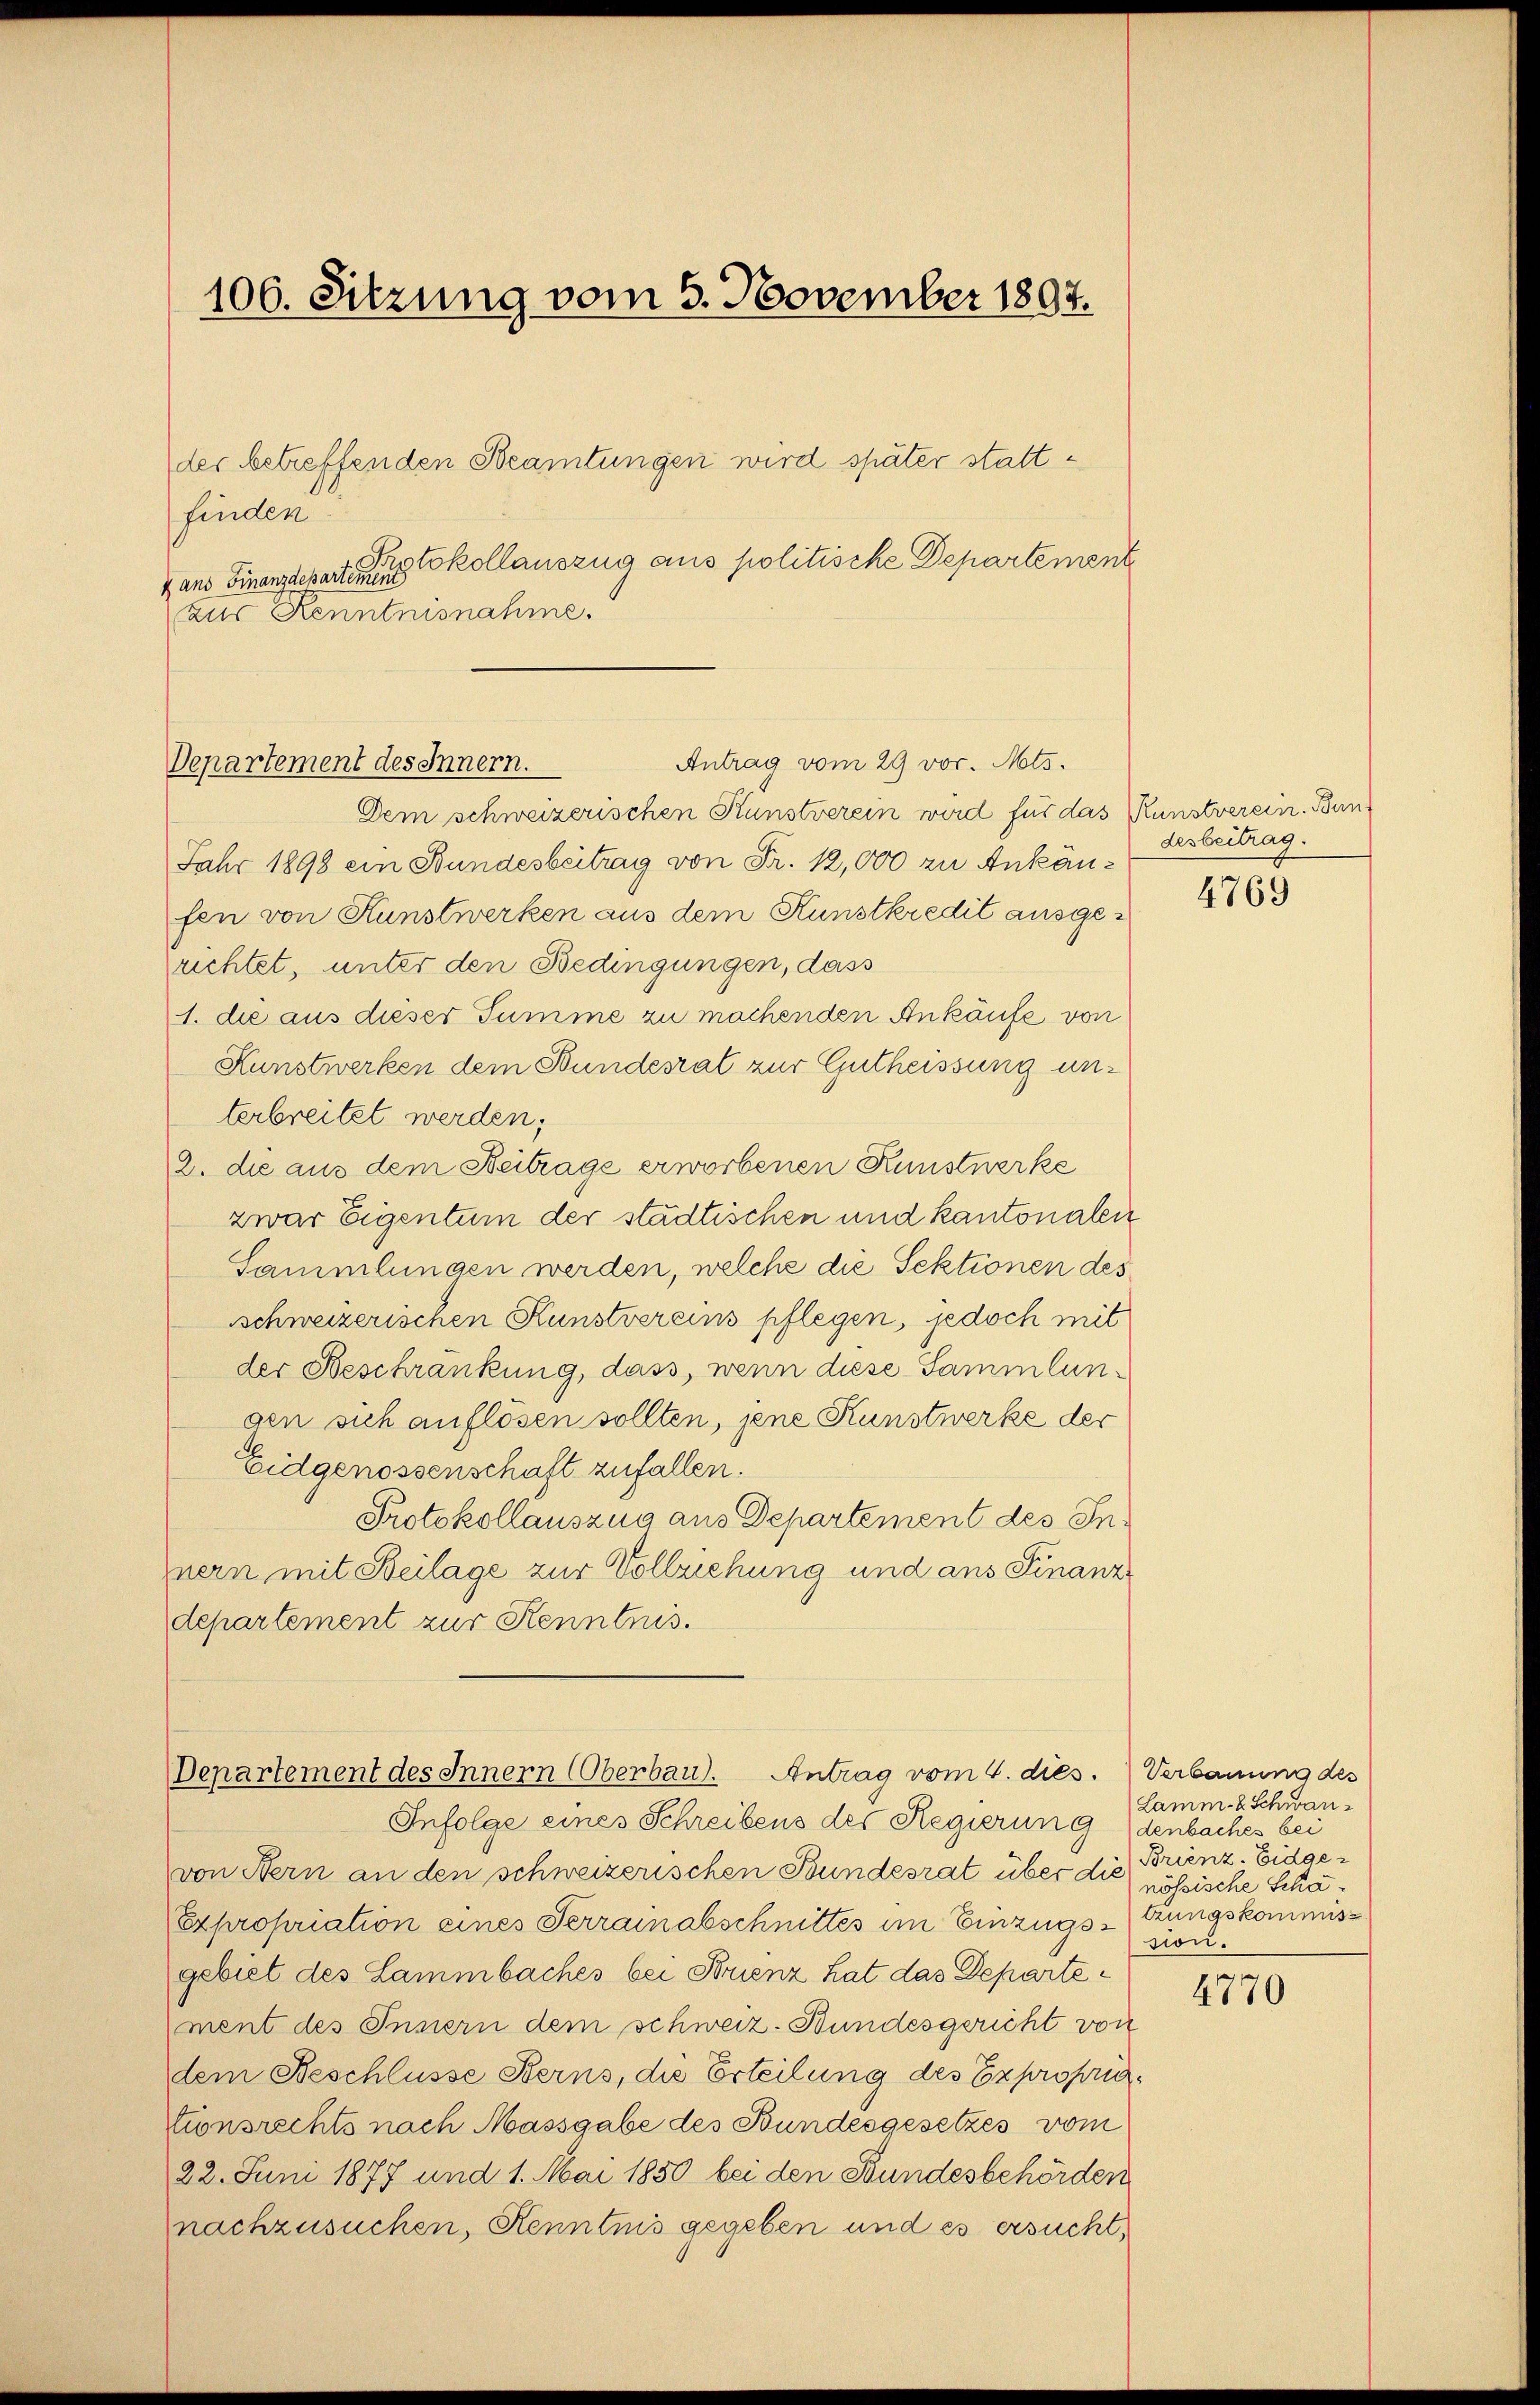
106. Sitzung vom 5. November 1897.

finden
Hans Finanzdeparten kollauszug aus politische Departement
aus Kenntnisnahme.

der betreffenden Beamtungen wird später statt¬

Antrag vom 29 vor. Mts.
Departement des Innern.

Dem schweizerischen Kunstverein wird für das Kunstverein. Ban
Jahr 1898 ein Bundesbeitrag von Fr. 12,000 zu Ankäufen von Kunstwerken aus dem Kunstkredit ausgerichtet, unter den Bedingungen, dass
1. die aus dieser Summe zu machenden Ankäufe von
Kunstwerken dem Bundesrat zur Gutheissung unterbreitet werden;
2. die aus dem Beitrage erworbenen Kunstwerke
zwar Eigentum der städtischen und kantonalen
Sammlungen werden, welche die Sektionen des
schweizerischen Kunstvereins pflegen, jedoch mit
der Beschränkung, dass, wenn diese Sammlungen sich auflösen sollten, jene Kunstwerke der
Eidgenossenschaft zufallen.
Protokollauszug aus Departement des Innern mit Beilage zur Vollziehung und ans Finanz
departement zur Kenntnis.

Departement des Innern (Oberbau. Antrag vom 4. dies.

Infolge eines Schreibens der Regierung denbaches bei
von Hern an den schweizerischen Bundesrat über die Brienz. Eidge¬
Expropriation eines Terrainabschnittes im Einzugs-trungskommisgebiet des Lammbaches bei Frienz hat das Departement des Innern dem schweiz. Bundesgericht von
dem Beschlüsse Berns, die Erteilung des Expropriationsrechts nach Massgabe des Bundesgesetzes vom
22. Juni 1877 und 1. Mai 1850 bei den Bundesbehörden
nachzusuchen, Kenntnis gegeben und es ersucht,

desbeitrag.

4769

Verbauung des
Lamm. 2. Schwan-
nössische Schasion.

4770